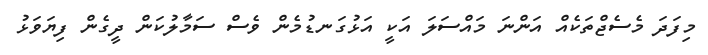
މިފަދަ މެސެޖްތަކެއް އަންނަ މައްްސަލަ އަކީ އަޅުގަނޑުމެން ވެސް ސަމާލުކަން ދީގެން ފިޔަވަޅު